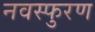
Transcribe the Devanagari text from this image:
नवस्फुरण